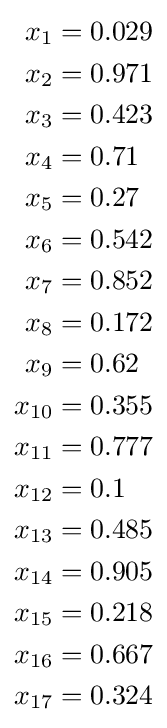
{\begin{aligned}x_{1}&=0.029\\x_{2}&=0.971\\x_{3}&=0.423\\x_{4}&=0.71\\x_{5}&=0.27\\x_{6}&=0.542\\x_{7}&=0.852\\x_{8}&=0.172\\x_{9}&=0.62\\x_{10}&=0.355\\x_{11}&=0.777\\x_{12}&=0.1\\x_{13}&=0.485\\x_{14}&=0.905\\x_{15}&=0.218\\x_{16}&=0.667\\x_{17}&=0.324\end{aligned}}